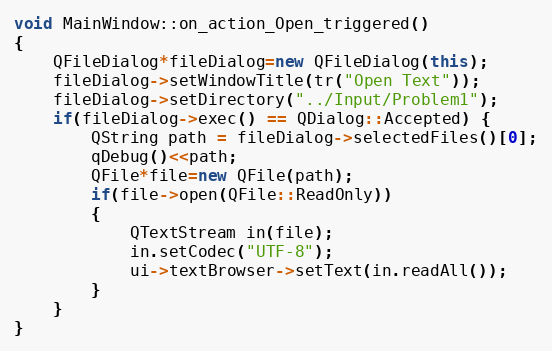
Language: C++
void MainWindow::on_action_Open_triggered()
{
    QFileDialog*fileDialog=new QFileDialog(this);
    fileDialog->setWindowTitle(tr("Open Text"));
    fileDialog->setDirectory("../Input/Problem1");
    if(fileDialog->exec() == QDialog::Accepted) {
        QString path = fileDialog->selectedFiles()[0];
        qDebug()<<path;
        QFile*file=new QFile(path);
        if(file->open(QFile::ReadOnly))
        {
            QTextStream in(file);
            in.setCodec("UTF-8");
            ui->textBrowser->setText(in.readAll());
        }
    }
}